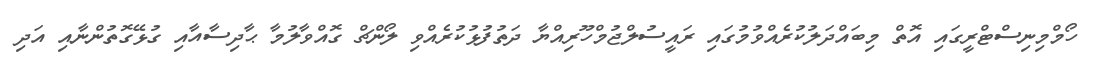
ހޯމްމިނިސްޓްރީގައި އޮތް މިބައްދަލުކުރެއްވުމުގައި ރައީސުލްޖުމްހޫރިއްޔާ ދަތުފުޅުކުރެއްވި ލޯންޗް ގޮއްވާލުމާ ޙާދިސާއާއި ގުޅޭގޮތުންނާއި އަދި